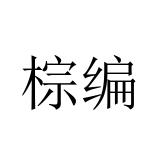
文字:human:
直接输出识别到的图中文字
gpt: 棕编